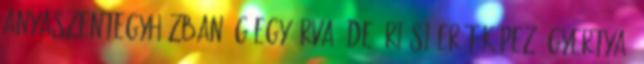
anyaszentegyházban ég egy árva, de óriási erőt képező gyertya,